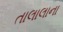
તાલાલાના